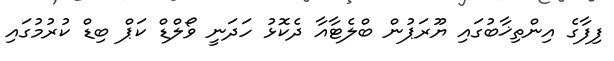
ފިފާގެ އިންތިޚާބުގައި ޔޫރަޕުން ބްލެޓާއާ ދެކޮޅު ހަދަނީ ވޯލްޑް ކަޕް ބިޑް ކުރުމުގައި